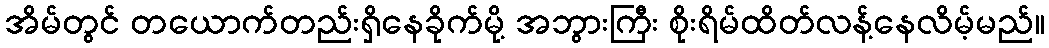
အိမ်တွင် တယောက်တည်းရှိနေခိုက်မို့ အဘွားကြီး စိုးရိမ်ထိတ်လန့်နေလိမ့်မည်။